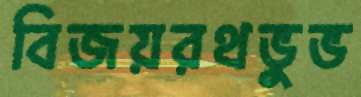
বিজয়রথভুভ